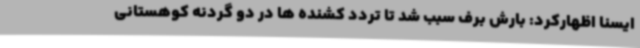
ایسنا اظهارکرد: بارش برف سبب شد تا تردد کشنده ها در دو گردنه کوهستانی